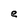
Character: e